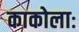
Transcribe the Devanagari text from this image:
काकोलाः